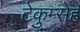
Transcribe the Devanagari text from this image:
टेकुम्सेह